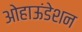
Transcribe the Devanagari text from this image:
ओहाऊंडेशन